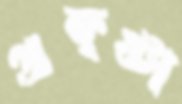
প্রকৃষ্টা